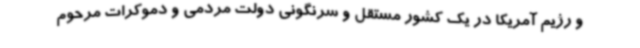
و رژیم آمریکا در یک کشور مستقل و سرنگونی دولت مردمی و دموکرات مرحوم